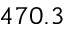
4 7 0 . 3